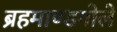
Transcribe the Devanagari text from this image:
ब्रहमाण्डगोले